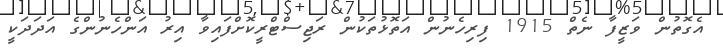
އެގޮތުން ވަޒީފާ ނެތް 1915 ފިރިހެނުން އަތޮޅުތަކުން ރަޖިސްޓްރީކޮށްފައިވާ އިރު އަންހެނުންގެ އަދަދަކީ